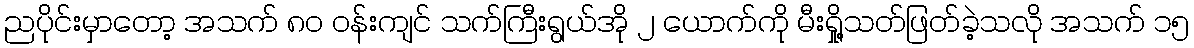
ညပိုင်းမှာတော့ အသက် ၈၀ ဝန်းကျင် သက်ကြီးရွယ်အို ၂ ယောက်ကို မီးရှို့သတ်ဖြတ်ခဲ့သလို အသက် ၁၅